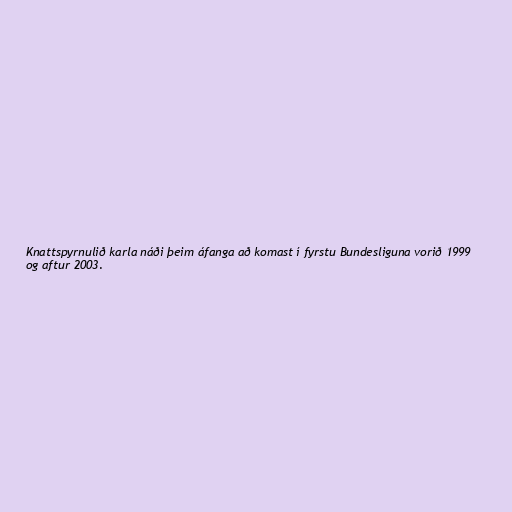
Knattspyrnulið karla náði þeim áfanga að komast í fyrstu Bundesliguna vorið 1999
og aftur 2003.